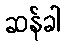
ဆန်ခါ